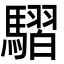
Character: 騽